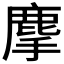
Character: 𪊗